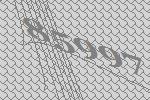
85997